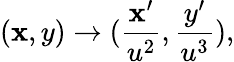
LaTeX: (\mathbf{x},y)\rightarrow(\frac{{\mathbf{x}^{\prime}}}{{u^{2}}},\frac{{y^{\prime}}}{{u^{3}}}),